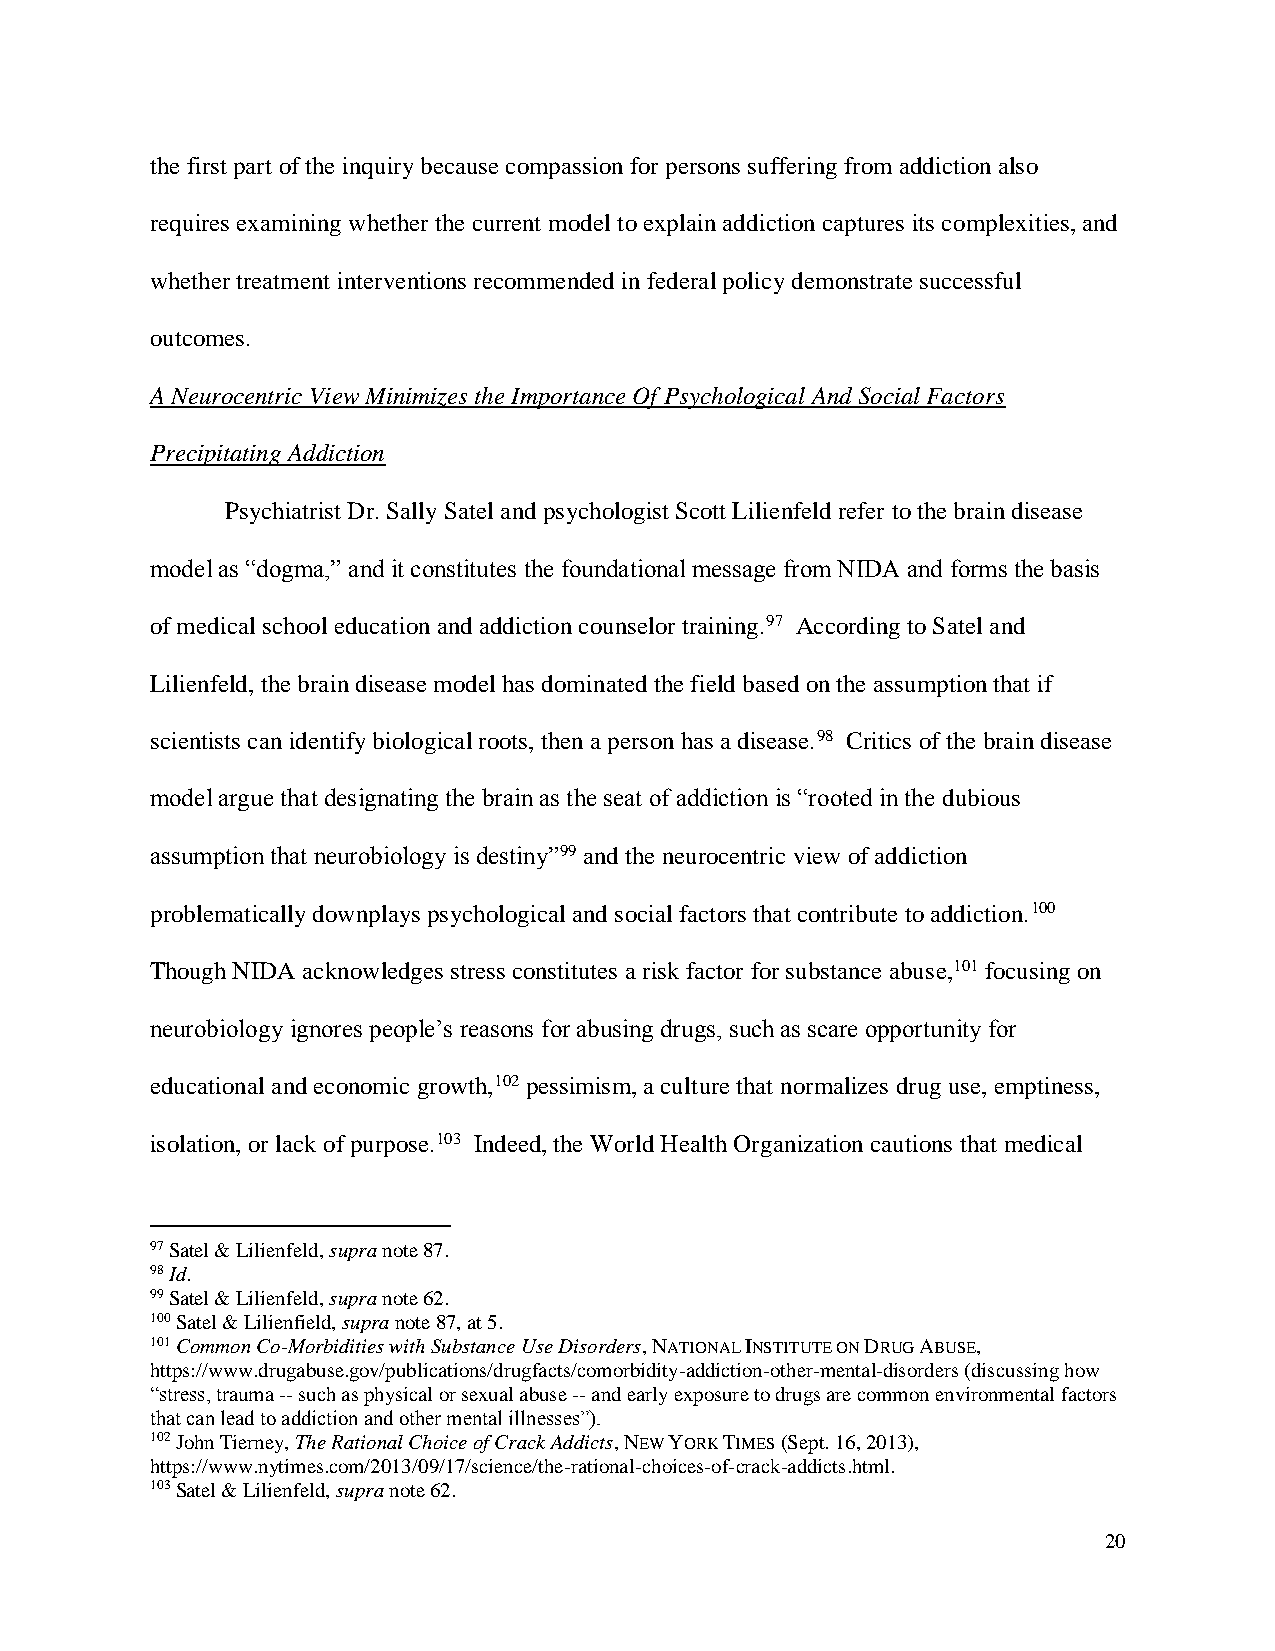
the first part of the inquiry because compassion for persons suffering from addiction also
 requires examining whether the current model to explain addiction captures its complexities, and
 whether treatment interventions recommended in federal policy demonstrate successful
 outcomes.
 A Neurocentric View Minimizes the Importance Of Psychological And Social Factors
 Precipitating Addiction
 Psychiatrist Dr. Sally Satel and psychologist Scott Lilienfeld refer to the brain disease
 model as “dogma,” and it constitutes the foundational message from NIDA and forms the basis
 of medical school education and addiction counselor training.97 According to Satel and
 Lilienfeld, the brain disease model has dominated the field based on the assumption that if
 scientists can identify biological roots, then a person has a disease.98 Critics of the brain disease
 model argue that designating the brain as the seat of addiction is “rooted in the dubious
 assumption that neurobiology is destiny”99 and the neurocentric view of addiction
 problematically downplays psychological and social factors that contribute to addiction.100
 Though NIDA acknowledges stress constitutes a risk factor for substance abuse,101 focusing on
 neurobiology ignores people’s reasons for abusing drugs, such as scare opportunity for
 educational and economic growth,102 pessimism, a culture that normalizes drug use, emptiness,
 isolation, or lack of purpose.103 Indeed, the World Health Organization cautions that medical
 97 Satel & Lilienfeld, supra note 87.
 98 Id.
 99 Satel & Lilienfeld, supra note 62.
 100 Satel & Lilienfield, supra note 87, at 5.
 101 Common Co-Morbidities with Substance Use Disorders, NATIONAL INSTITUTE ON DRUG ABUSE,
 https://www.drugabuse.gov/publications/drugfacts/comorbidity-addiction-other-mental-disorders (discussing how
 “stress, trauma -- such as physical or sexual abuse -- and early exposure to drugs are common environmental factors
 that can lead to addiction and other mental illnesses”).
 102 John Tierney, The Rational Choice of Crack Addicts, NEW YORK TIMES (Sept. 16, 2013),
 https://www.nytimes.com/2013/09/17/science/the-rational-choices-of-crack-addicts.html.
 103 Satel & Lilienfeld, supra note 62.
 20